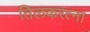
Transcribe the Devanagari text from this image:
तिलकरत्ना